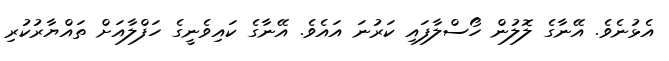
އެޅުނެވެ. އޭނާގެ ލޮލުން ހޯސްލާފައި ކަރުނަ އައެވެ. އޭނާގެ ކައިވެނީގެ ހަފްލާއަށް ތައްޔާރުކުރި